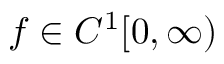
f \in C ^ { 1 } [ 0 , \infty )